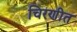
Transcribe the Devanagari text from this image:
चिरणीत